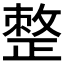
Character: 𢿋